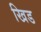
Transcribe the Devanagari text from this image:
खिड